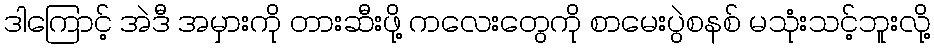
ဒါကြောင့် အဲဒီ အမှားကို တားဆီးဖို့ ကလေးတွေကို စာမေးပွဲစနစ် မသုံးသင့်ဘူးလို့